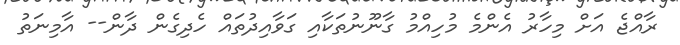
ރާއްޖެ އަށް މިހާރު އެންމެ މުހިއްމު ގާނޫނުތަކާއި ގަވާއިދުތައް ހެދިގެން ދާން-- އާމިނަތު